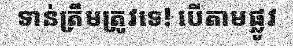
ទាន់ត្រឹមត្រូវទេ! បើតាមផ្លូវ